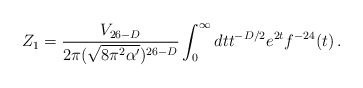
\begin{align*}Z_{1} = \frac{V_{26-D}}{ 2\pi (\sqrt{ 8\pi^{2}\alpha' })^{26-D} } \int_{0}^{\infty}dt t^{-D/2} e^{2t} f^{-24}(t) \, .\end{align*}